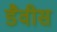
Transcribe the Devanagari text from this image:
डैवीस